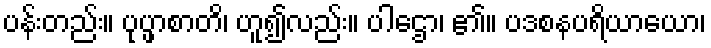
ပန်းတည်း။ ပုပ္ဖာစာတိ၊ ဟူ၍လည်း။ ပါဌော၊ ၏။ ပဒစနပရိယာယော၊